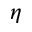
\eta